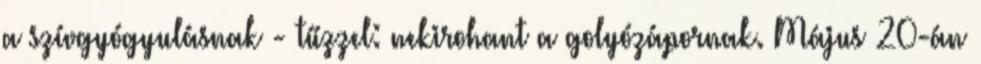
a szívgyógyulásnak - tűzzel: nekirohant a golyózápornak. Május 20-án